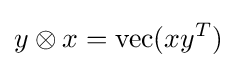
y\otimes x=\operatorname {vec} (xy^{T})